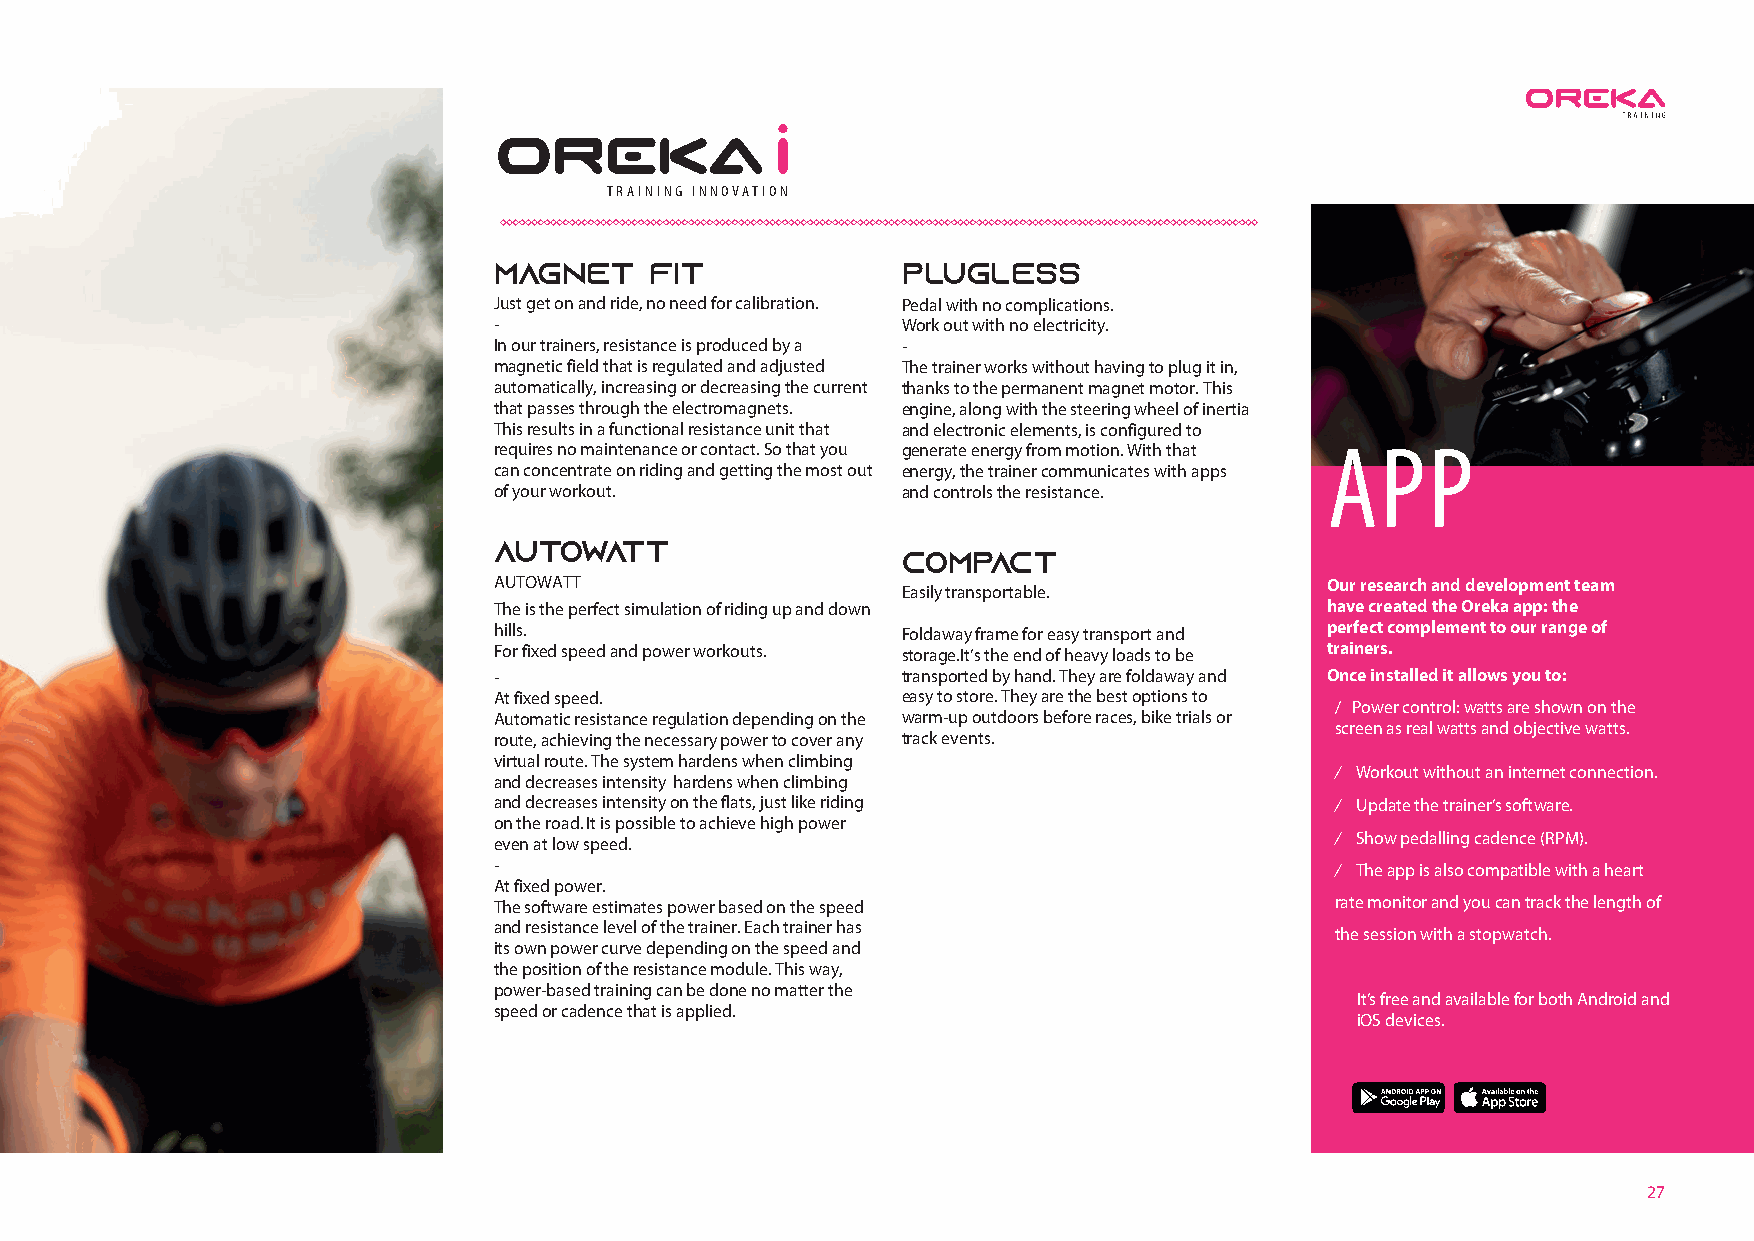
TRAINING INNOVATION
 MAGNET    FIT              PLUGLESS
 Just get on and ride, no need for calibration. Pedal with no complications.
 -                          Work out with no electricity.
 In our trainers, resistance is produced by a -
 magnetic field that is regulated and adjusted The trainer works without having to plug it in,
 automatically, increasing or decreasing the current thanks to the permanent magnet motor. This
 that passes through the electromagnets. engine, along with the steering wheel of inertia
 This results in a functional resistance unit that and electronic elements, is configured to
 requires no maintenance or contact. So that you generate energy from motion. With that APP
 can concentrate on riding and getting the most out energy, the trainer communicates with apps
 of your workout.           and controls the resistance.
 AUTOWATT
 COMPACT
 AUTOWATT                                               Our research and development team
 Easily transportable.
 The is the perfect simulation of riding up and down    have created the Oreka app: the
 hills.                     Foldaway frame for easy transport and perfect complement to our range of
 For fixed speed and power workouts. storage.It’s the end of heavy loads to be trainers.
 -                          transported by hand. They are foldaway and Once installed it allows you to:
 At fixed speed.            easy to store. They are the best options to
 / Power control: watts are shown on the
 Automatic resistance regulation depending on the warm-up outdoors before races, bike trials or
 screen as real watts and objective watts.
 route, achieving the necessary power to cover any track events.
 virtual route. The system hardens when climbing
 / Workout without an internet connection.
 and decreases intensity hardens when climbing
 and decreases intensity on the flats, just like riding / Update the trainer’s software.
 on the road. It is possible to achieve high power
 even at low speed.                                     / Show pedalling cadence (RPM).
 -                                                      / The app is also compatible with a heart
 At fixed power.
 The software estimates power based on the speed        rate monitor and you can track the length of
 and resistance level of the trainer. Each trainer has
 the session with a stopwatch.
 its own power curve depending on the speed and
 the position of the resistance module. This way,
 power-based training can be done no matter the
 It’s free and available for both Android and
 speed or cadence that is applied.
 iOS devices.
 27